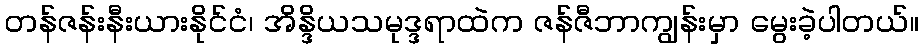
တန်ဇန်းနီးယားနိုင်ငံ၊ အိန္ဒိယသမုဒ္ဒရာထဲက ဇန်ဇီဘာကျွန်းမှာ မွေးခဲ့ပါတယ်။